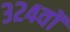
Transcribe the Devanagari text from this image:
३२४वॉ